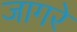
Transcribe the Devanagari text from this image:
जागरे